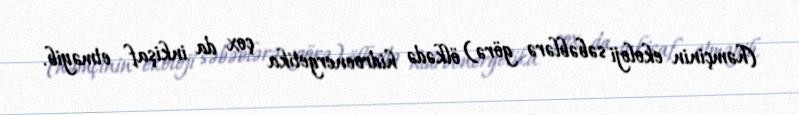
(həmçinin ekoloji səbəblərə görə) ölkədə hidroenergetika çox da inkişaf etməyib.